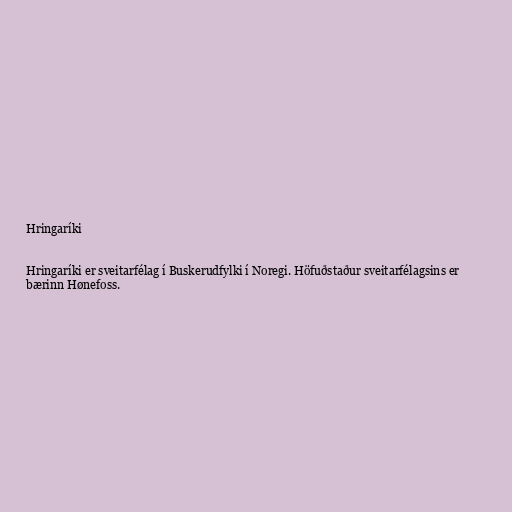
Hringaríki

Hringaríki er sveitarfélag í Buskerudfylki í Noregi. Höfuðstaður sveitarfélagsins er
bærinn Hønefoss.